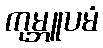
ကုမ္ဘူပမံ